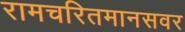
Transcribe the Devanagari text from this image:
रामचरितमानसवर